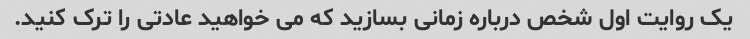
یک روایت اول شخص درباره زمانی بسازید که می خواهید عادتی را ترک کنید.